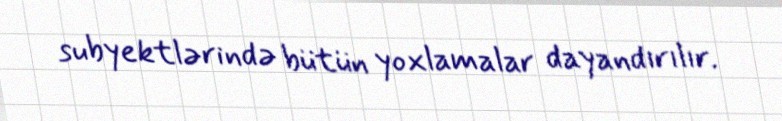
subyektlərində bütün yoxlamalar dayandırılır.